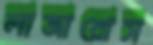
লাজারোস